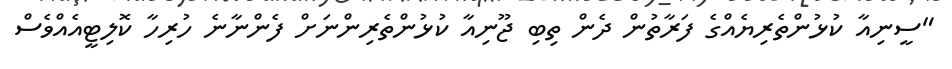
"ސީނިއާ ކުޅުންތެރިޔެއްގެ ފަރާތުން ދެން ތިބި ޖޫނިއާ ކުޅުންތެރިންނަށް ފެންނާނެ ހުރިހާ ކޮލިޓީއެއްވެސް